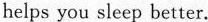
helps you sleep better.